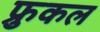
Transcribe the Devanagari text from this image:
फ्रुकल